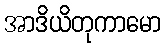
အာဒိယိတုကာမော